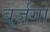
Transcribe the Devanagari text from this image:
बुर्ज़गो